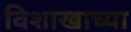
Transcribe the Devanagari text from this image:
विशाखाच्या